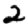
Digit: 2